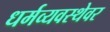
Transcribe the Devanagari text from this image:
धर्मव्यवस्थेवर